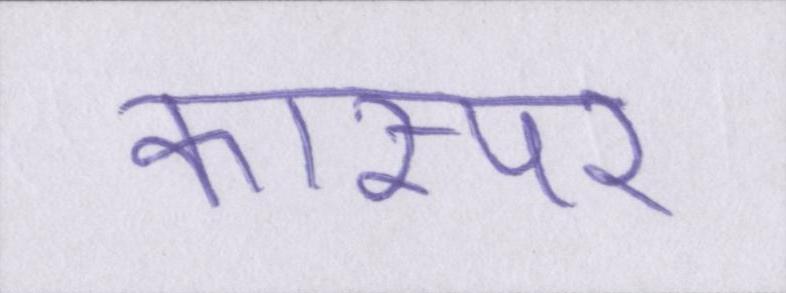
कास्पर